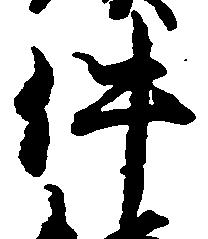
件